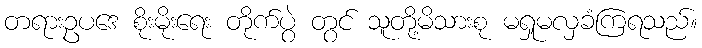
တရားဥပဒေ စိုးမိုးရေး တိုက်ပွဲ တွင် သူတို့မိသားစု မရှုမလှခံကြရသည်။